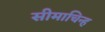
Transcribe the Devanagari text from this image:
सीमाचिन्‍ह